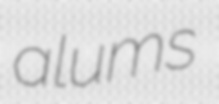
alums